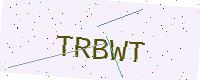
Text: TRBWT